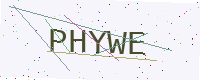
Text: PHYWE